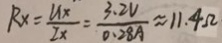
R _ { x } = \frac { U x } { I x } = \frac { 3 . 2 V } { 0 . 2 8 A } \approx 1 1 . 4 \Omega